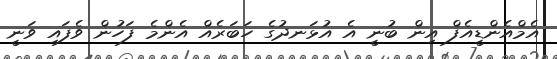
އެމްއެންޑީއެފް އިން ބުނީ އެ އުޅަނދުގެ ހަބަރެއް އެންމެ ފަހުން ވެފައި ވަނީ